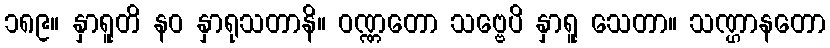
၁၈၉။ နှာရူတိ နဝ နှာရုသတာနိ။ ဝဏ္ဏတော သဗ္ဗေပိ နှာရူ သေတာ။ သဏ္ဌာနတော